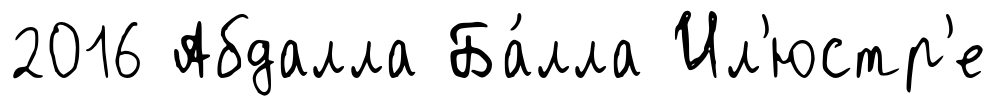
2016 Абдалла Ба́лла Ил'юстр'е